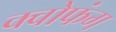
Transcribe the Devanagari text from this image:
क्वोफंग